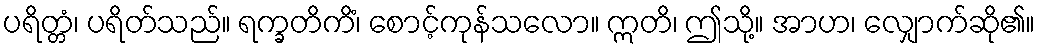
ပရိတ္တံ၊ ပရိတ်သည်။ ရက္ခတိကိံ၊ စောင့်ကုန်သလော။ ဣတိ၊ ဤသို့။ အာဟ၊ လျှောက်ဆို၏။